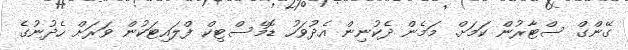
ގޭންގް ސްޓާރުން ކަމަށް. މަމެން ދެކުނިން އެދުވަހު ޑޮމެސްޓިކް ފްލައިޓަކުން ވަރަށް ހެދުނުގެ